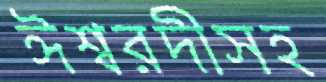
ঈশ্বরদীসহ